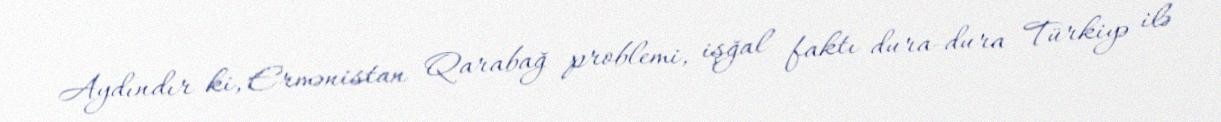
Aydındır ki, Ermənistan Qarabağ problemi, işğal faktı dura-dura Türkiyə ilə